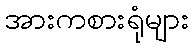
အားကစားရုံများ